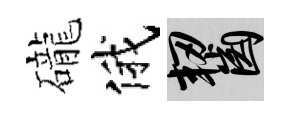
礲俄齧